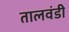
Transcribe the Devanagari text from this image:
तालवंडी